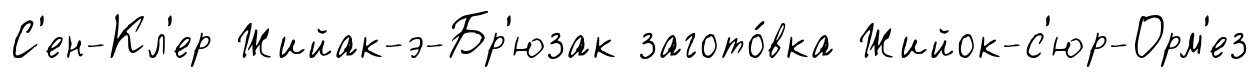
С'ен-Кл'ер Жийак-э-Бр'юзак загото́вка Жийок-с'юр-Орм'ез